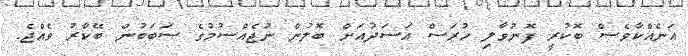
އަނެއްކާވެސް ބޮކުރީ ފޮނުވާލި ހުރަސް އަސަދުއަށް ބޮލުން ނުޖެއްސުމުގެ ސަބަބުން ބޭކާރު ވެއްޖެ.